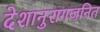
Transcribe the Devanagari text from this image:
देशानुरागजनित